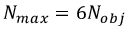
N _ { m a x } = 6 N _ { o b j }